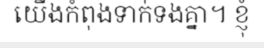
យើងកំពុងទាក់ទងគ្នា។ ខ្ញុំ